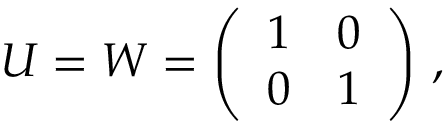
U = W = \left( \begin{array} { l l } { { 1 } } & { { 0 } } \\ { { 0 } } & { { 1 } } \end{array} \right) \, , \nonumber